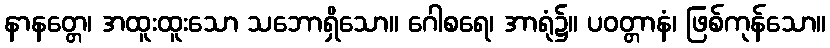
နာနတ္တေ၊ အထူးထူးသော သဘောရှိသော။ ဂေါစရေ၊ အာရုံ၌။ ပဝတ္တာနံ၊ ဖြစ်ကုန်သော။